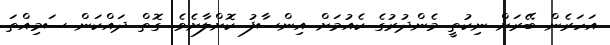
އަހަރެން ބޭރަށް ނިކުތީ މެންދުރުގެ ކެއުމަށް އިންސާފު ކޮށްލާށެވެ. ގޮތް ދައްކަން ސަމިއްތަ